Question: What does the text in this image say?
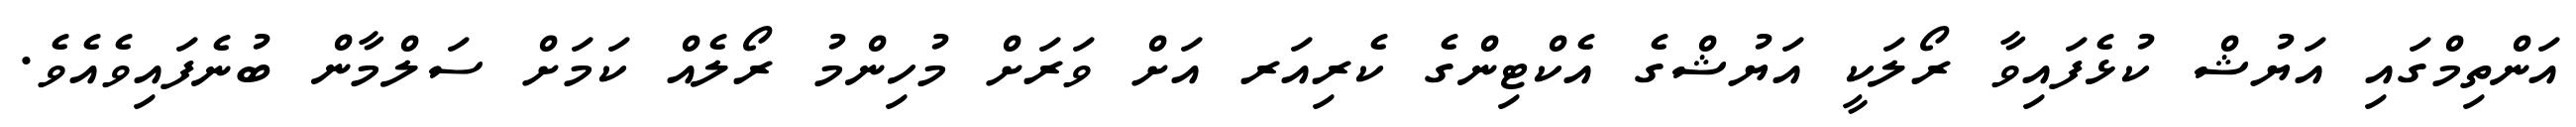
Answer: އަންތިމްގައި އަޔުޝް ކުޅެފައިވާ ރޯލަކީ އަޔުޝްގެ އެކްޓިންގެ ކެރިއަރ އަށް ވަރަށް މުހިންމު ރޯލެއް ކަމަށް ސަލްމާން ބުނެފައިވެއެވެ.